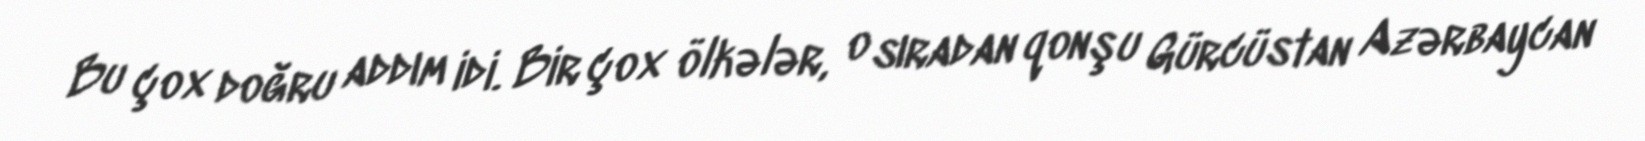
Bu çox doğru addım idi. Bir çox ölkələr, o sıradan qonşu Gürcüstan Azərbaycan